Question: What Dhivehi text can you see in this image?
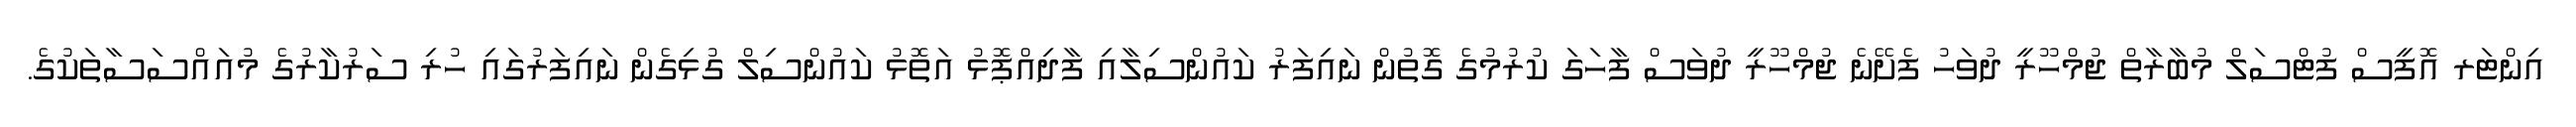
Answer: އިންޓަރ އޮފީސް ފުޓްސަލް މުބާރާތް ޖުމްހޫރީ ދުވަހު ފެށޭނެ ޖުމްހޫރީ ދުވަސް ފާހަގަ ކުރުމުގެ ގޮތުން ނައިފަރު ކައުންސިލާއި ފާދިއްޕޮޅު އަތޮޅު ކައުންސިލް ގުޅިގެން ނައިފަރުގައި ހުރި ސަރުކާރުގެ މުއައްސަސާތަކުގެ.